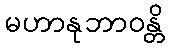
မဟာနုဘာဝန္တိ